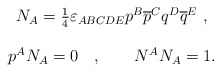
\begin{align*}\begin{array}{c}N_A=\frac 14\varepsilon _{ABCDE}p^B\overline{p}^Cq^D\overline{q}^E\ , \\ \\p^AN_A=0\quad ,\qquad N^AN_A=1.\end{array}\end{align*}